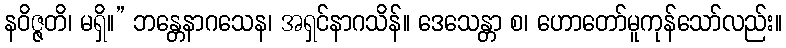
နဝိဇ္ဇတိ၊ မရှိ။” ဘန္တေနာဂသေန၊ အရှင်နာဂသိန်။ ဒေသေန္တာ စ၊ ဟောတော်မူကုန်သော်လည်း။